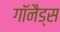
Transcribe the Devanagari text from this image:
गॉनैड्स